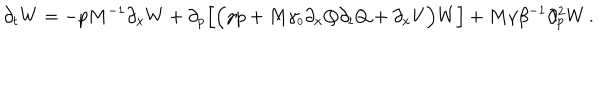
\partial _ { t } W = - p M ^ { - 1 } \partial _ { x } W + \partial _ { p } \Big [ \Big ( \gamma p + M \gamma _ { \scriptscriptstyle 0 } \partial _ { x } Q \partial _ { t } Q + \partial _ { x } V \Big ) W \Big ] + M \gamma \beta ^ { - 1 } \partial _ { p } ^ { 2 } W \, .